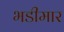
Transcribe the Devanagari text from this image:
भडीमार